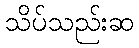
သိပ်သည်းဆ